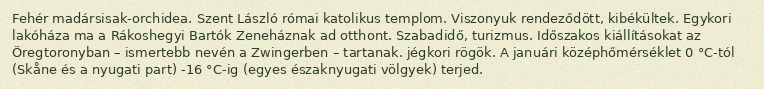
Fehér madársisak-orchidea. Szent László római katolikus templom. Viszonyuk rendeződött, kibékültek. Egykori lakóháza ma a Rákoshegyi Bartók Zeneháznak ad otthont. Szabadidő, turizmus. Időszakos kiállításokat az Öregtoronyban – ismertebb nevén a Zwingerben – tartanak. jégkori rögök. A januári középhőmérséklet 0 °C-tól (Skåne és a nyugati part) -16 °C-ig (egyes északnyugati völgyek) terjed.